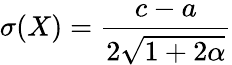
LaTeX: \sigma(X)={\frac{c-a}{2{\sqrt{1+2\alpha}}}}